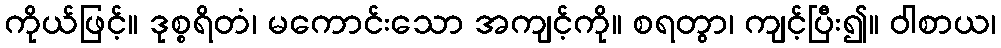
ကိုယ်ဖြင့်။ ဒုစ္စရိတံ၊ မကောင်းသော အကျင့်ကို။ စရတွာ၊ ကျင့်ပြီး၍။ ဝါစာယ၊